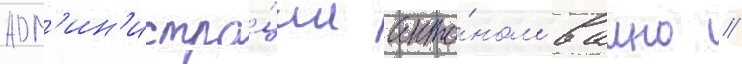
адм'ин'истра́ции анто́ном ваино //